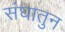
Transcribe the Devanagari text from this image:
संघातुन